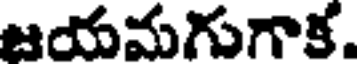
జయమగుగాక.